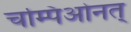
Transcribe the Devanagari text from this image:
चम्पिओनत्